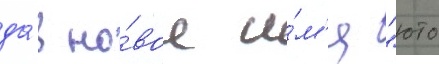
да́в но́вое и́м'я "юто